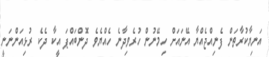
އަނިޔާކުރާތަން ފެނިއްޖެއްޔާ އޭނައަށް ހިމޭނުން ހުރެވިދާނެ ހެއްޔެވެ ދޮންބައްޕަ އީކާ ދެކެ ރުޅިއަންނަނީ